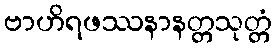
ဗာဟိရဖဿနာနတ္တသုတ္တံ